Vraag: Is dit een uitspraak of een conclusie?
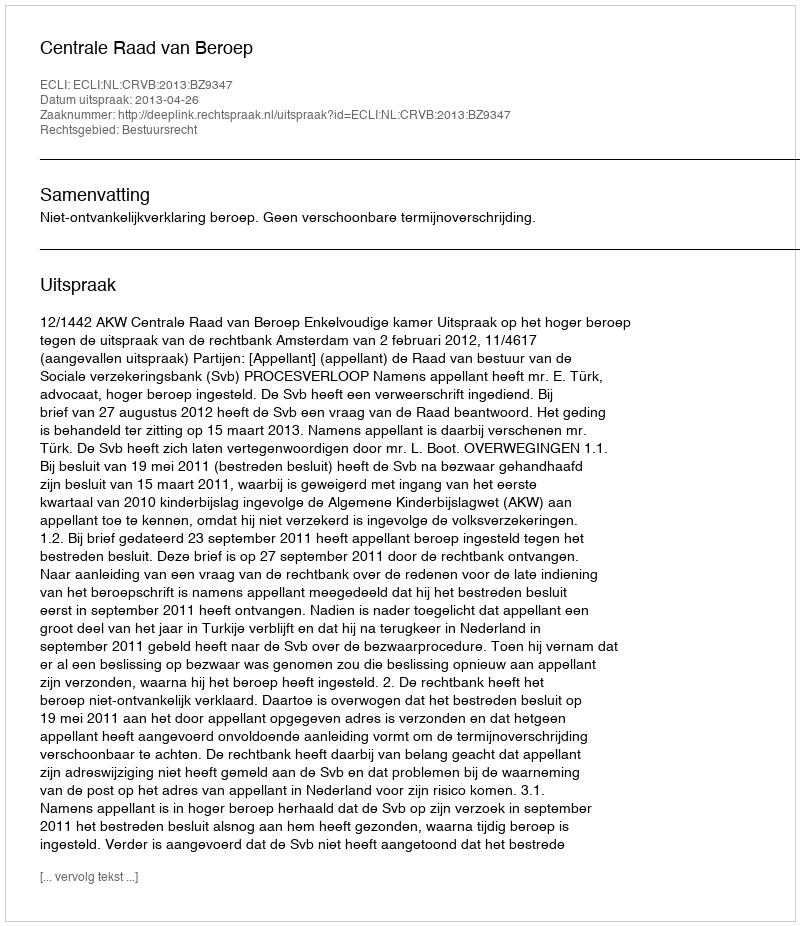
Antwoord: Uitspraak